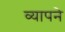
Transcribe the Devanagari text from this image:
व्यापने